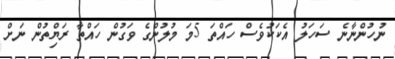
ނުހުންނާނެ ސަހަލު އެކަކުވެސް ހައްތަ 5މަ މުލުންގެ ވަގުން ހައްތާ ރަޔިްތުން ނަށް